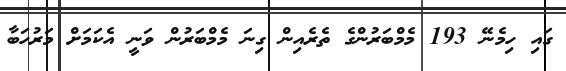
ގައި ހިމެނޭ 193 މެމްބަރުންގެ ތެރެއިން ގިނަ މެމްބަރުން ވަނީ އެކަމަށް މަރުހަބާ